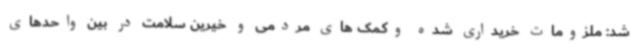
شد: ملزومات خریداری شده وکمک های مردمی و خیرین سلامت در بین واحدهای